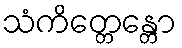
သံကိတ္တေန္တော